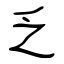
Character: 乏